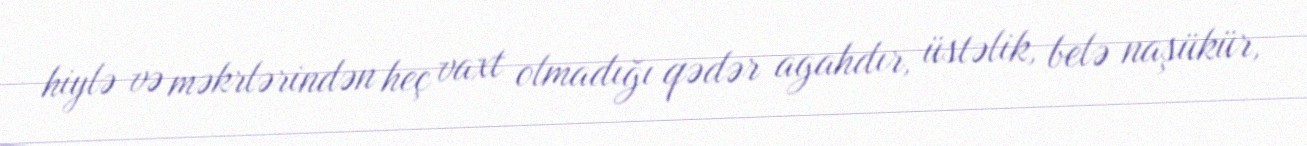
hiylə və məkrlərindən heç vaxt olmadığı qədər agahdır, üstəlik, belə naşükür,